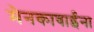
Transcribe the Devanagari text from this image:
मेनकाबाईंना